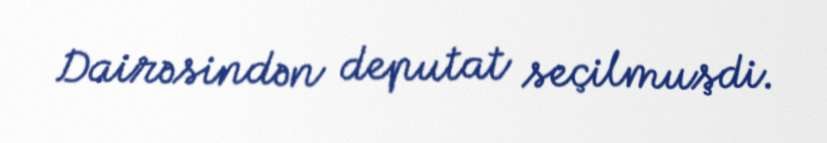
Dairəsindən deputat seçilmuşdi.